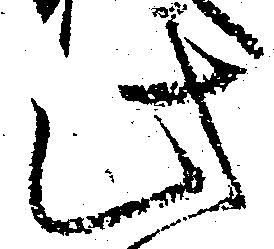
此